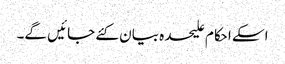
اسکے احکام علیحدہ بیان کئے جائیں گے۔